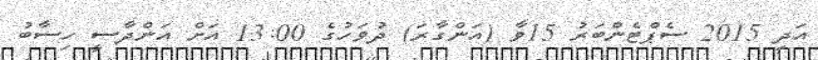
އަދި 2015 ސެޕްޓެންބަރު 15ވާ (އަންގާރަ) ދުވަހުގެ 13:00 އަށް އަންދާސީ ހިސާބު